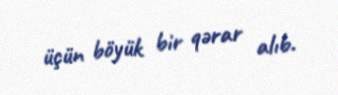
üçün böyük bir qərar alıb.